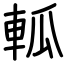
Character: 軱